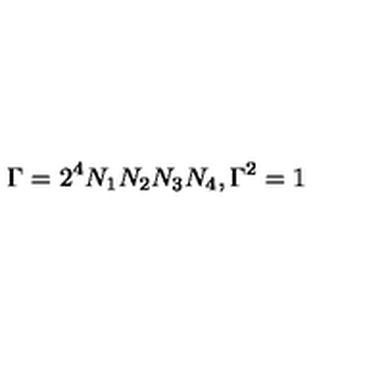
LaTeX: \Gamma = 2 ^ { 4 } N _ { 1 } N _ { 2 } N _ { 3 } N _ { 4 } , \Gamma ^ { 2 } = 1